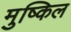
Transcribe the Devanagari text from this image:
मुष्किल